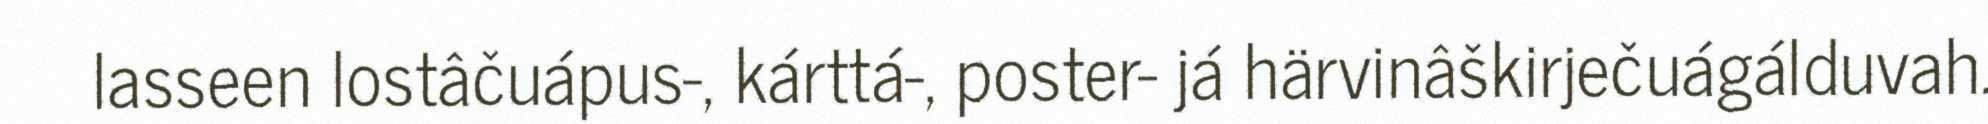
lasseen lostâčuápus-, kárttá-, poster- já härvinâškirječuágálduvah.